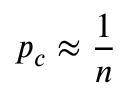
p _ { c } \approx \frac { 1 } { n }